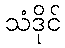
သံဒိုင်